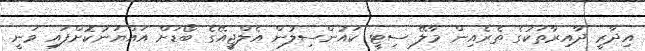
އިދާރީ ދާއިރާތަކުގެ ތެރެއިން މާލޭ ސިޓީ ކައުންސިލުން އެލްޖީއޭގެ ބޯޑަށް އައްޔަނުކޮށްފައި ވަނީ